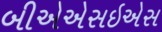
બીએએસઇએસ